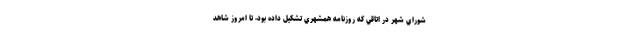
شوراي شهر در اتاقي كه روزنامه همشهري تشكيل داده بود- تا امروز شاهد